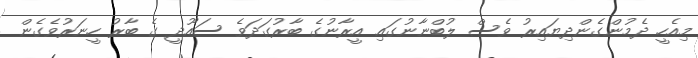
މިއެހީ ދެމުންގެންދިޔައިރު ވެސް ލުބްނާނުގައި އީރާނުގެ ބާރުގަދަވެ ސައޫދީ ގެ ބާރު ހީނަރުވެގެން